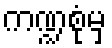
ကဏ္ဍစုံမှ